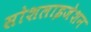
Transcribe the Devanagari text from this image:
सोशलाइजेशन